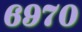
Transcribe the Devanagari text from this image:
६९७०